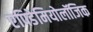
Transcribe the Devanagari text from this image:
एपिडेमियोलॉजिक